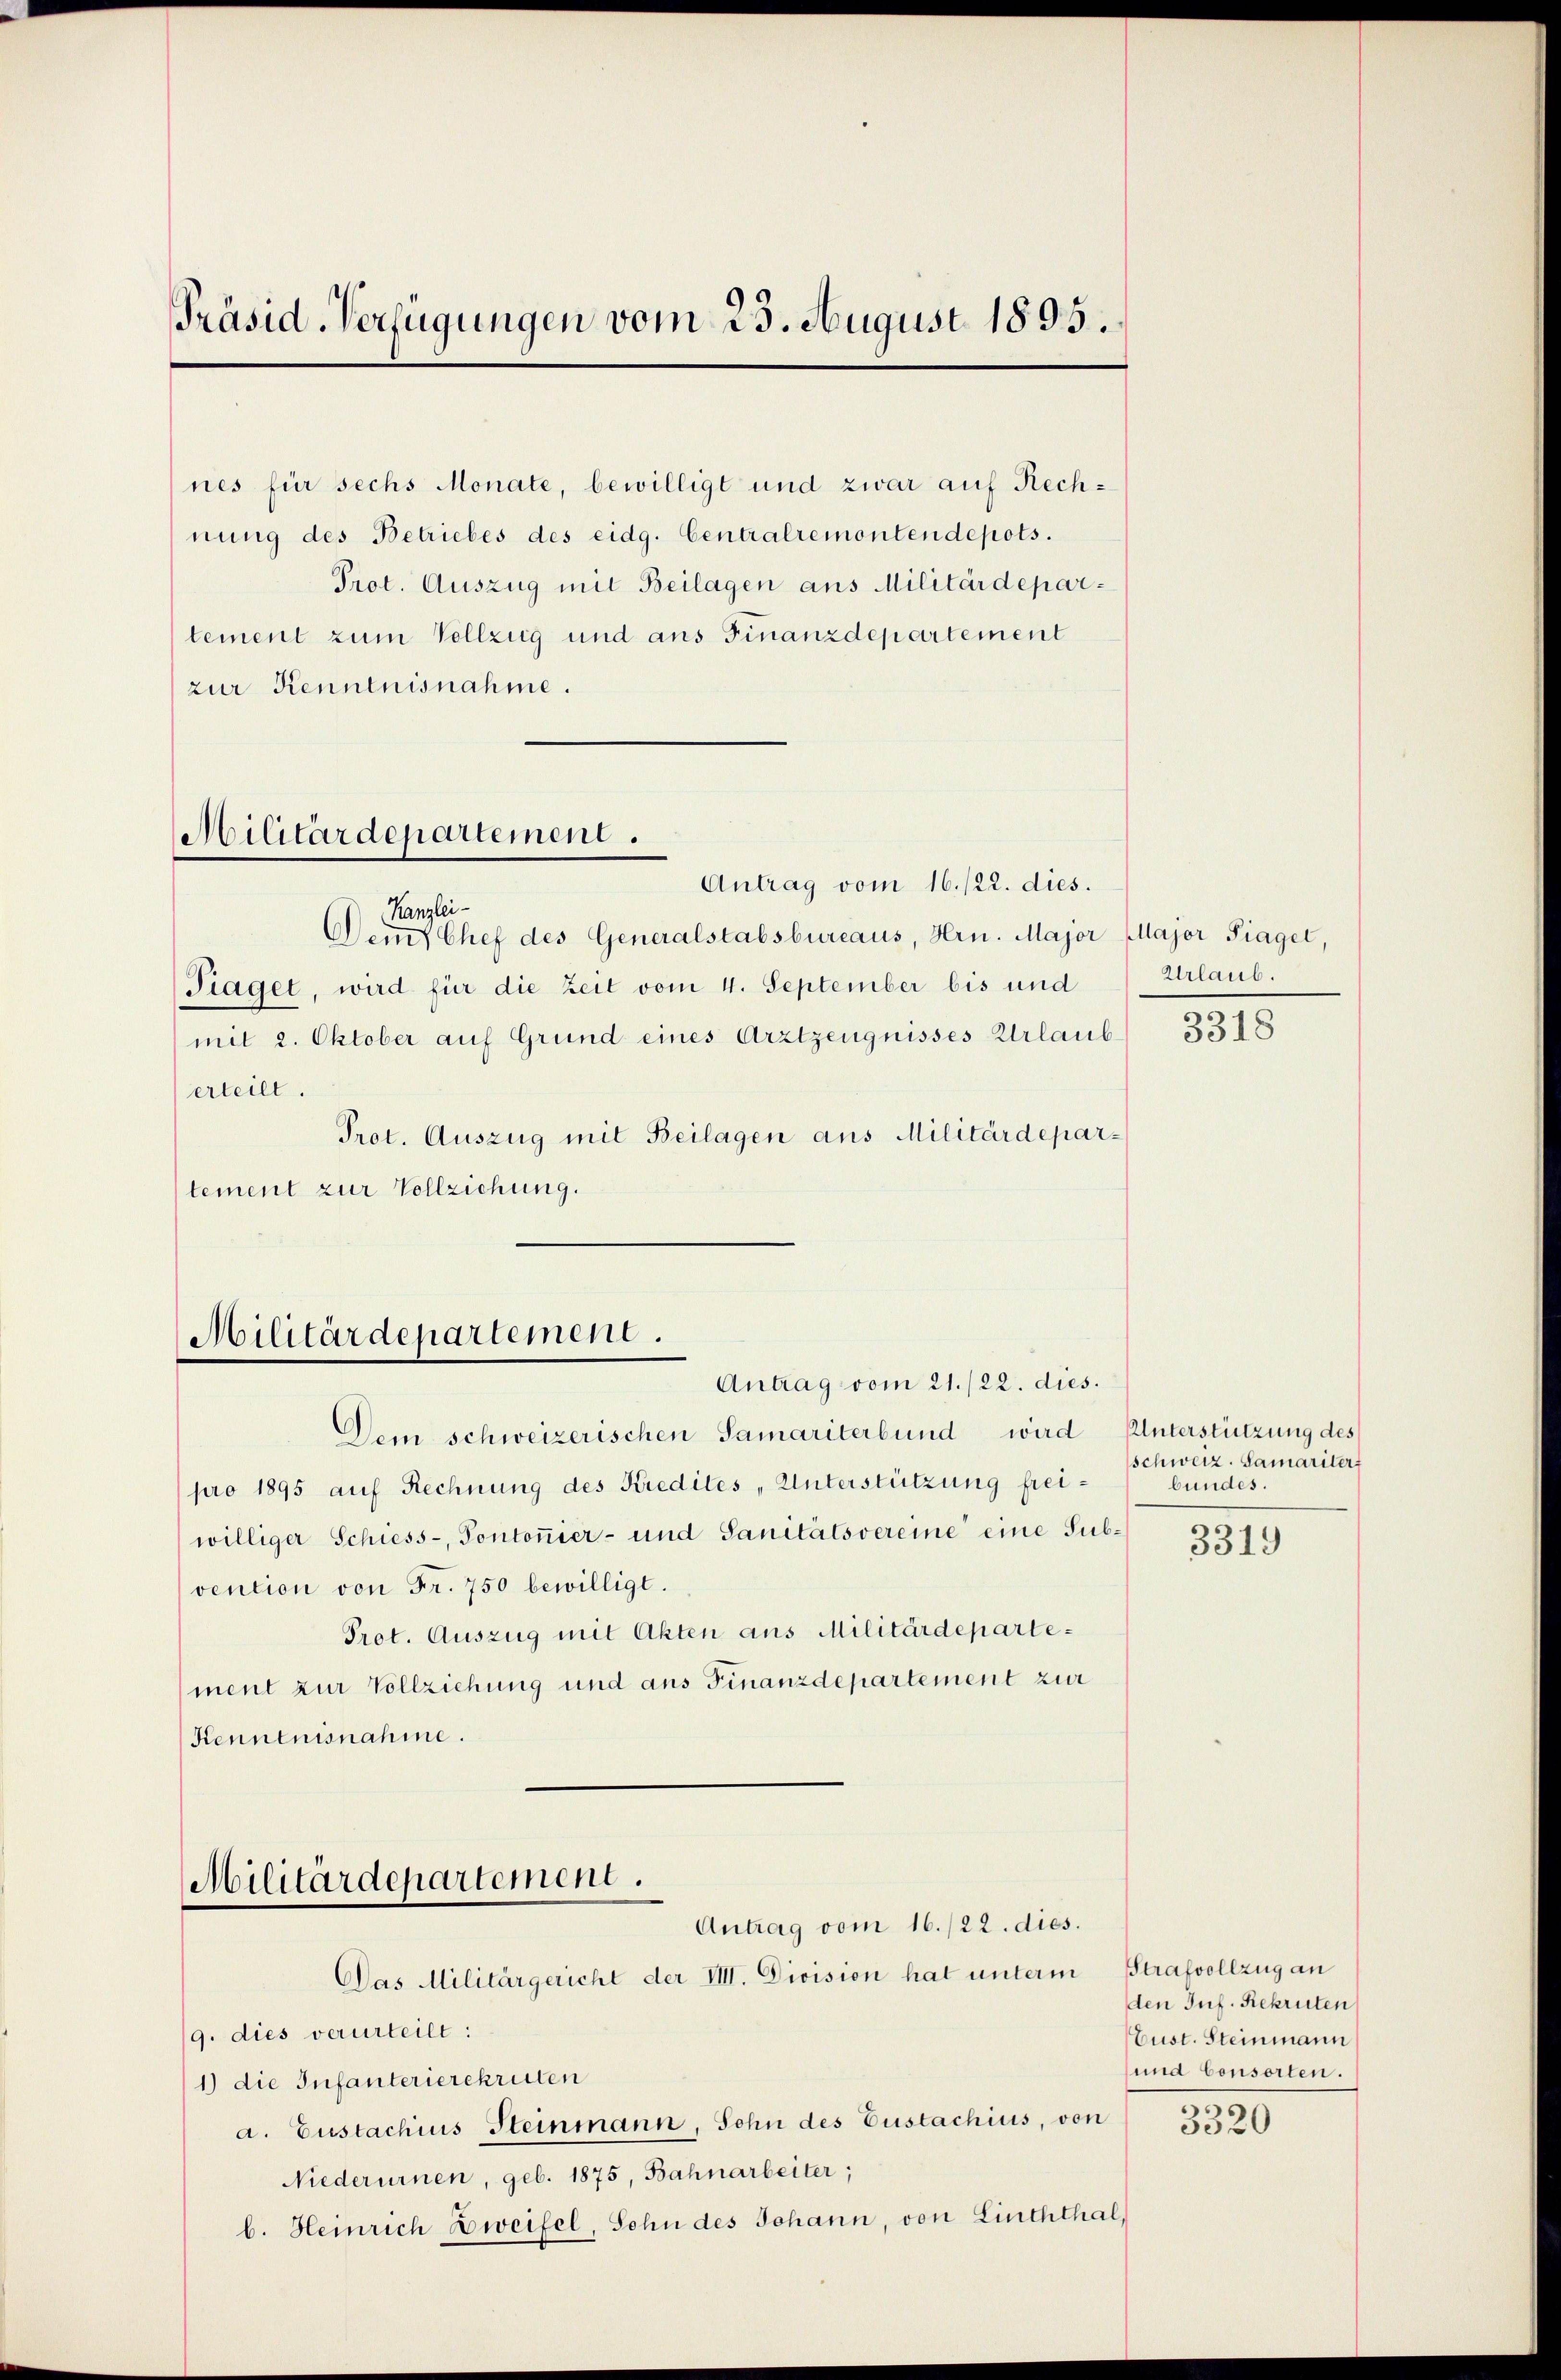
Präsid. Verfügungen vom 23. August 1895.

nes für sechs Monate, bewilligt und zwar auf Rechnung des Betriebes des eidg. Centralremontendepots.
Prot. Auszug mit Beilagen aus Militärdepartement zum Vollzug und aus Finanzdepartement
zur Kenntnisnahme.

Militärdepartement.

Kanzlei-
Dem Chef des Generalstabsbureaus, Hrn. Major Major Piaget,
Fiaget, wird für die Zeit vom 4. September bis und
mit 2. Oktober auf Grund eines Arztzeugnisses Urlaub
erteilt.
Prot. Auszug mit Beilagen aus Militärdepartement zur Vollziehung.

Militärdepartement.

Antrag vom 16./22. dies.

Militärdepartement.
Antrag vom 16./22. dies.
Das Militärgericht der VIII. Division hat unterm

Antrag vom 21./22. dies.
Dem schweizerischen Samariterbund wird
pro 1895 auf Rechnung des Kredites „Unterstützung freiwilliger Schiess-, Pontonier- und Sanitätsvereine eine Subvention von Fr. 750 bewilligt.
Prot. Auszug mit Akten aus Militärdepartement zur Vollziehung und aus Finanzdepartement zur
Kenntnisnahme.

9. dies verurteilt:
1) die Infanterierekruten
a. Eustachius Steinmann, Sohn des Zustachius, von
Niederurnen, geb. 1875, Bahnarbeiter;
b. Heinrich Zweifel, Sohn des Johann, von Linththal,

Urlaub.

3318

Unterstützung des
Schweiz. Samariter,
bundes.

3319

Strafvollzug an
den Juf. Rekruten
Lust. Steinmann
und Consorten.
300

3320